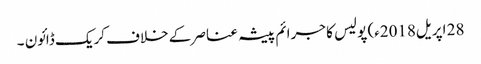
28 اپریل2018ء) پولیس کا جرائم پیشہ عناصر کے خلاف کریک ڈائون ۔